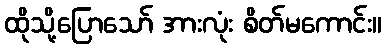
ထိုသို့ပြောသော် အားလုံး စိတ်မကောင်း။